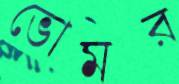
ভোমর